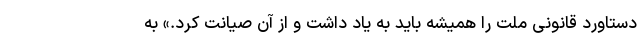
دستاورد قانونی ملت را همیشه باید به یاد داشت و از آن صیانت کرد.» به